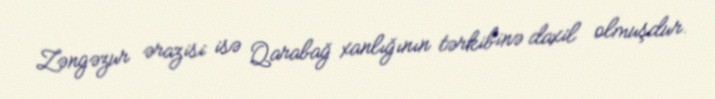
Zəngəzur ərazisi isə Qarabağ xanlığının tərkibinə daxil olmuşdur.